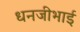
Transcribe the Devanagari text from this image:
धनजीभाई